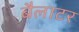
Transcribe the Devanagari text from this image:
बैलाटर